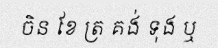
ចិន ខែ ត្រ គង់ ទុង ឬ